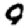
Digit: 9